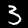
Label: 5